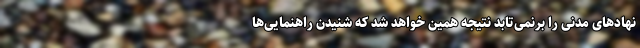
نهادهای مدنی را برنمی‌تابد نتیجه همین خواهد شد که شنیدن راهنمایی‌ها